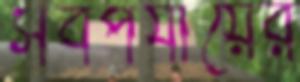
সবপর্যায়ের